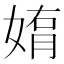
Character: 𫱄